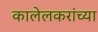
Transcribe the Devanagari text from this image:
कालेलकरांच्या